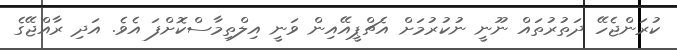
ކުރަންޖެހޭ ދަތުރުތައް ނޫނީ ނުކުރުމަށް އެޗްޕީއޭއިން ވަނީ އިލްތިމާސްކޮށްފަ އެވެ. އަދި ރާއްޖޭގެ